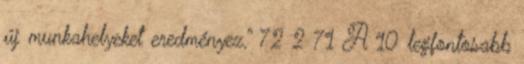
új munkahelyeket eredményez.” 72 2 71 A 10 legfontosabb